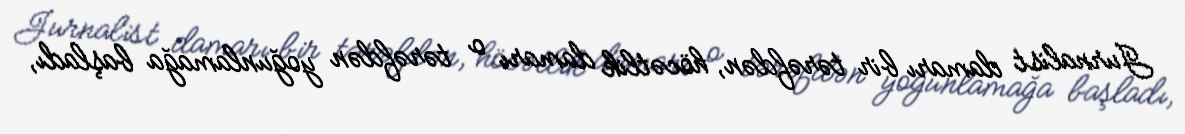
Jurnalist damarı bir tərəfdən, höcətlik damarı o tərəfdən yoğunlamağa başladı,